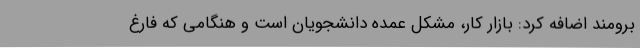
برومند اضافه کرد: بازار کار، مشکل عمده دانشجویان است و هنگامی که فارغ